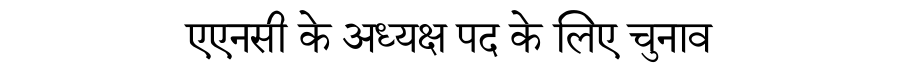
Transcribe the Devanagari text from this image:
एएनसी के अध्यक्ष पद के लिए चुनाव